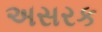
અસરક